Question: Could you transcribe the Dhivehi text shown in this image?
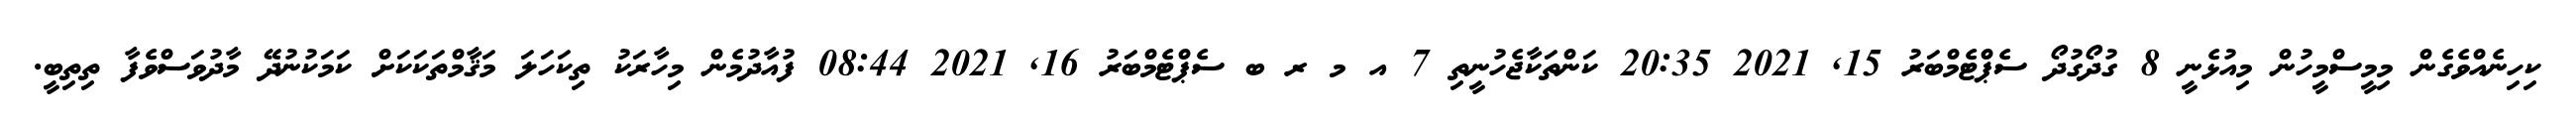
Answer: ކިހިނެއްވެގެން މިމީސްމީހުން މިއުޅެނީ 8 ގުދޯގުދޯ ސެޕްޓެމްބަރު 15, 2021 20:35 ކަންތަކާޖެހުނީތި 7 އ މ ރ ބ ސެޕްޓެމްބަރު 16, 2021 08:44 ފުއާދުމެން މިހާރަކު ތިކަހަލަ މަޤާމްތަކަކަށް ކަމަކުނުދޭ މާދުވަސްވެފާ ތިތިބީ.